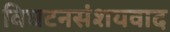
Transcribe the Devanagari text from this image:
विघटनसंशयवाद